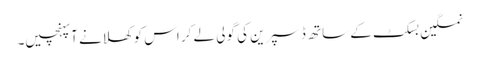
نمکین بسکٹ کے ساتھ ڈسپرین کی گولی لے کر اس کو کھلانے آپہنچیں۔